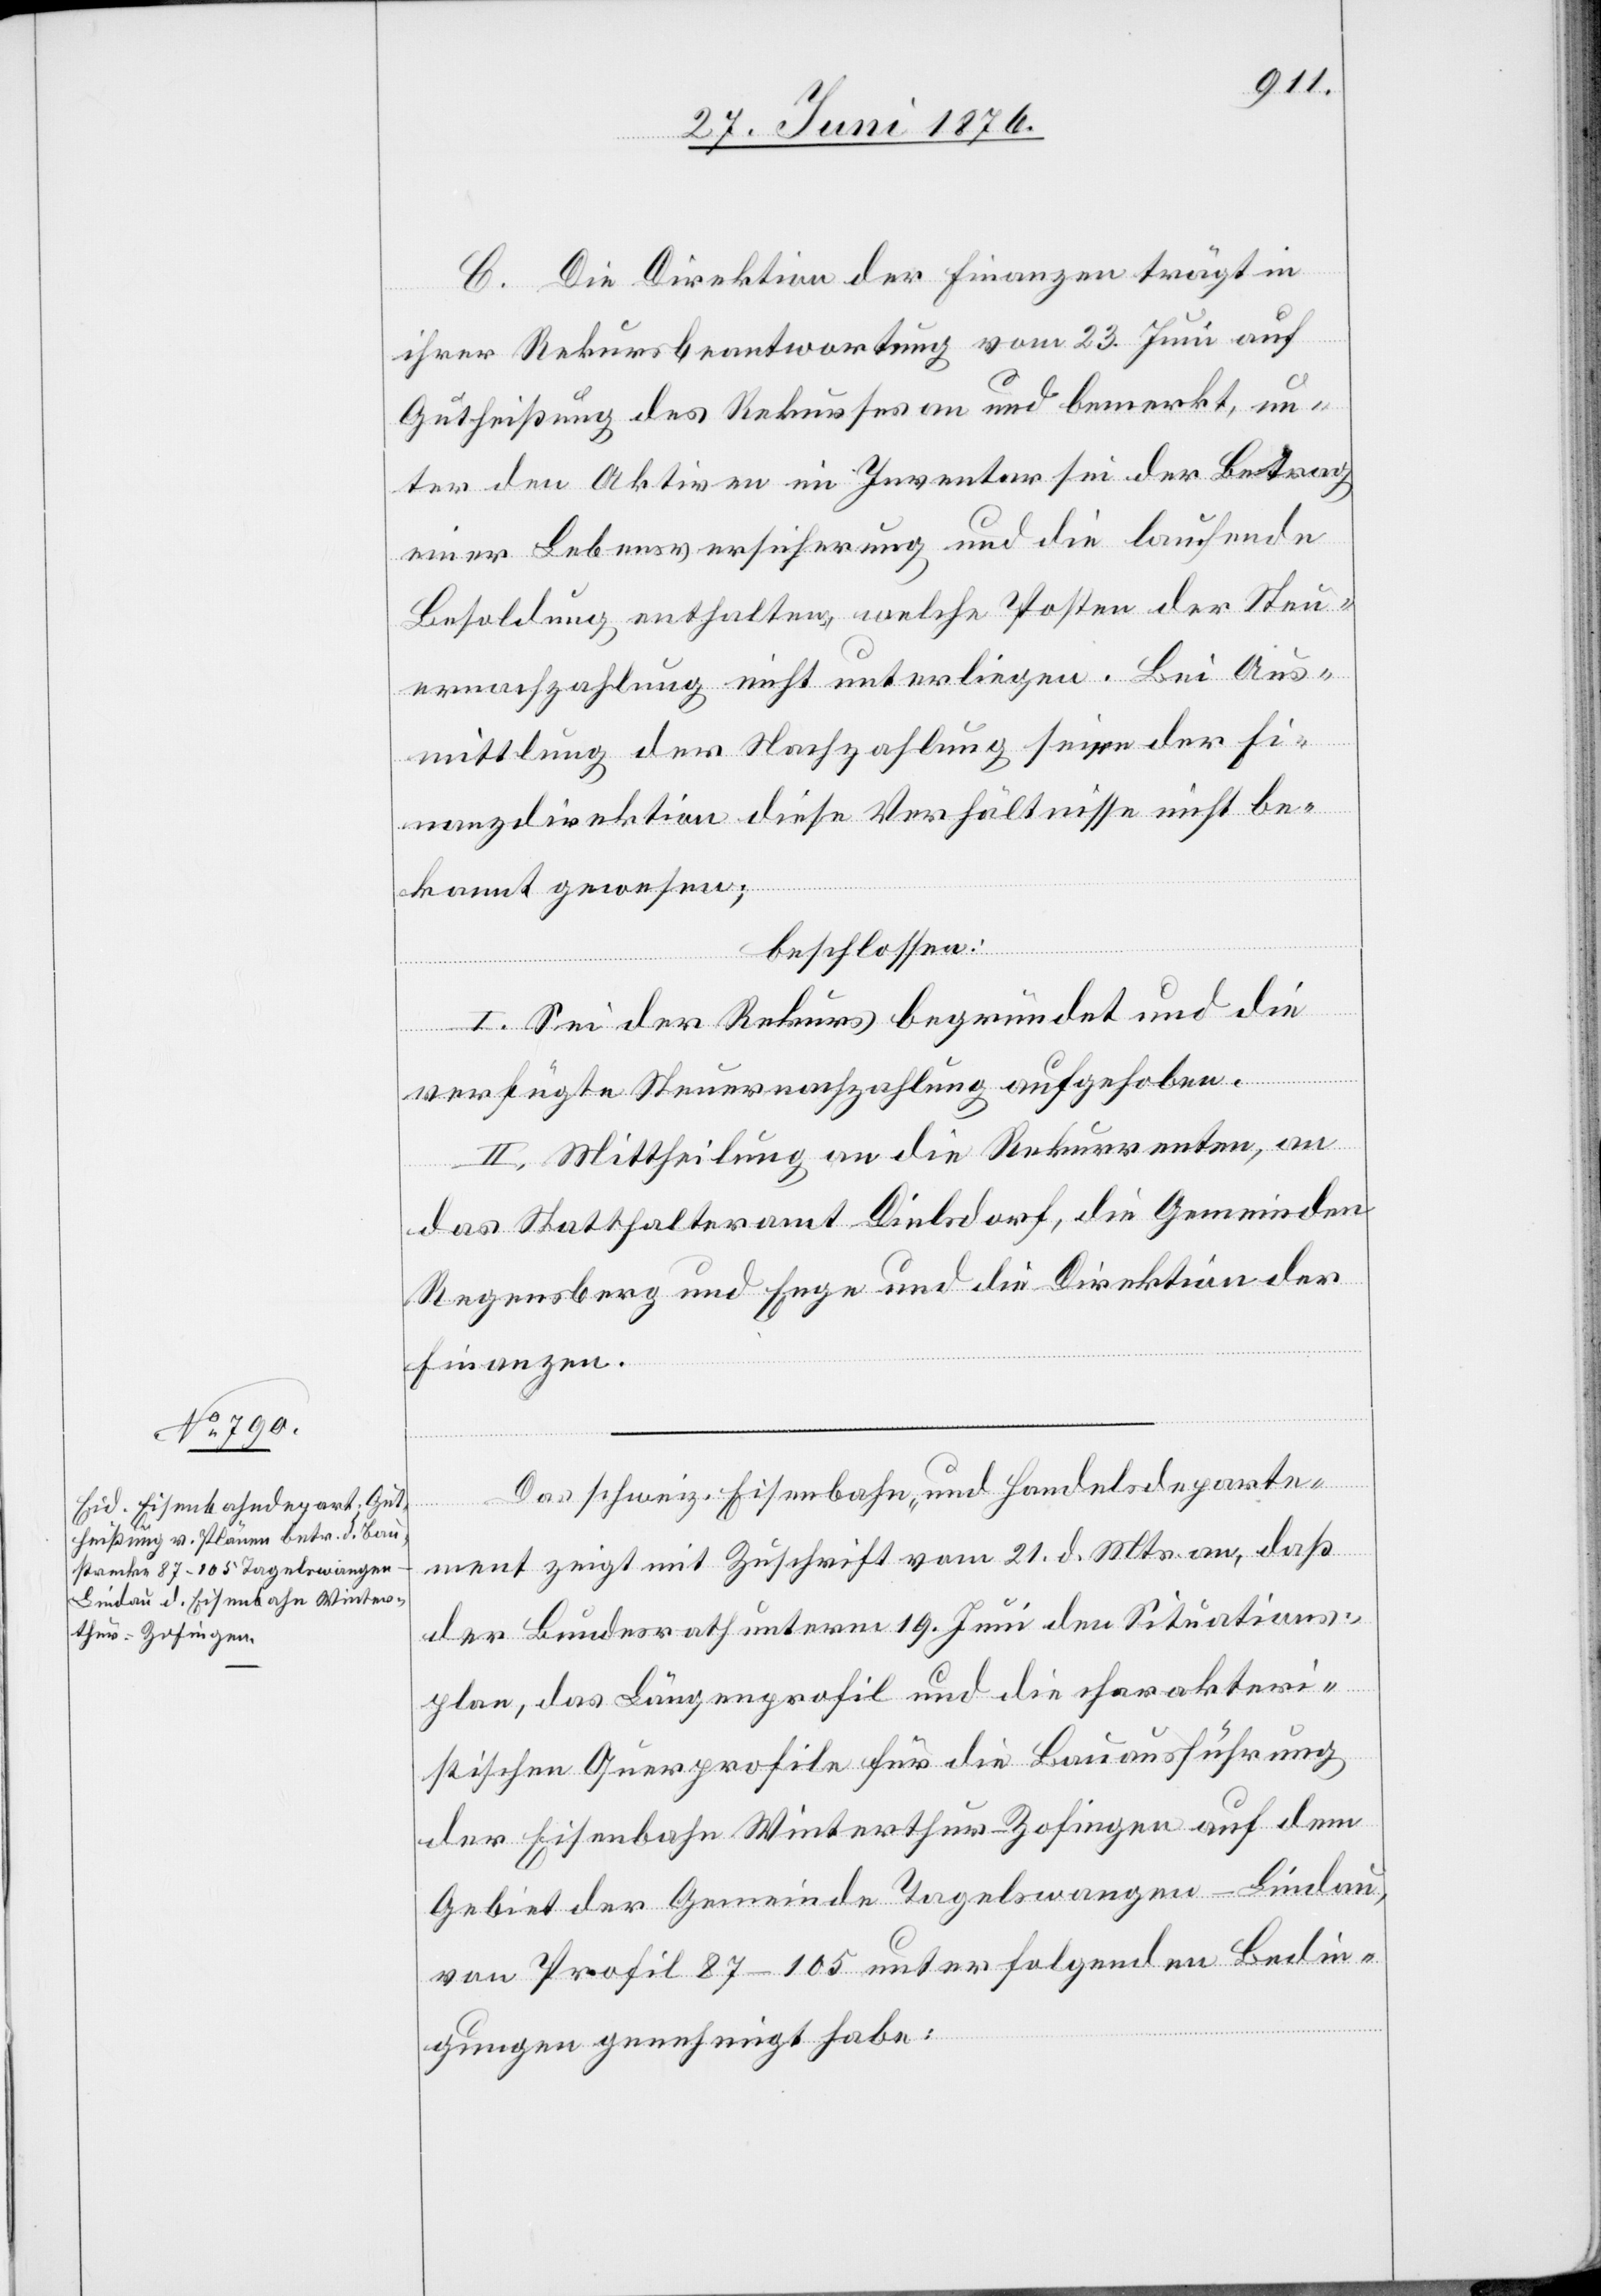
C. Die Direktion der Finanzen trägt in
ihrer Rekursbeantwortung vom 23. Juni auf
Gutheißung des Rekurses an und bemerkt, un¬
ter den Aktiven im Inventar sei der Betrag
einer Lebensversicherung und die laufende
Besoldung enthalten, welche Posten der Steu¬
ernachzahlung nicht unterliegen. Bei Aus¬
mittlung der Nachzahlung seien der Fi¬
nanzdirektion diese Verhältnisse nicht be¬
kannt gewesen;
beschlossen:
I. Sei der Rekurs begründet und die
verfügte Steuernachzahlung aufgehoben.
II. Mittheilung an die Rekurrenten, an
das Statthalteramt Dielsdorf, die Gemeinden
Regensberg und Enge und die Direktion der
Finanzen.
Das schweiz. Eisenbahn- und Handelsdeparte¬
ment zeigt mit Zuschrift vom 21. d. Mts. an, daß
der Bundesrath unterm 19. Juni den Situations¬
plan, das Längenprofil und die charakteri¬
stischen Querprofile für die Bauausführung
der Eisenbahn Winterthur–Zofingen auf dem
Gebiet der Gemeinde Tagelswangen–Lindau,
von Profil 87–105 unter folgenden Bedin¬
gungen genehmigt habe: